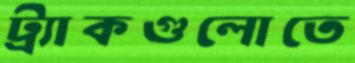
ট্র্যাকগুলোতে